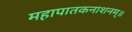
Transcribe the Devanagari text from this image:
महापातकनाशनम्‌॥